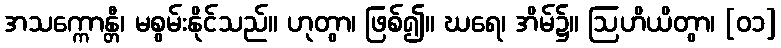
အသက္ကောန္တီ၊ မစွမ်းနိုင်သည်။ ဟုတွာ၊ ဖြစ်၍။ ဃရေ၊ အိမ်၌။ ဩဟိယိတွာ၊ [၀၁]